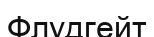
Флудгейт